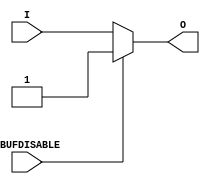
module IBUF_IBUFDISABLE (O, I, IBUFDISABLE);

    parameter IBUF_LOW_PWR = "TRUE";
    parameter IOSTANDARD = "DEFAULT";
    parameter SIM_DEVICE = "7SERIES";
    parameter USE_IBUFDISABLE = "TRUE";
`ifdef XIL_TIMING
    parameter LOC = "UNPLACED";
`endif // `ifdef XIL_TIMING
    
    output O;

    input  I;
    input  IBUFDISABLE;


   wire out_val;
    initial begin
	

        case (IBUF_LOW_PWR)

            "FALSE", "TRUE" : ;
            default : begin
                          $display("Attribute Syntax Error : The attribute IBUF_LOW_PWR on IBUF_IBUFDISABLE instance %m is set to %s.  Legal values for this attribute are TRUE or FALSE.", IBUF_LOW_PWR);
                          $finish;
                      end

        endcase
     if ((SIM_DEVICE != "7SERIES") &&
        (SIM_DEVICE != "ULTRASCALE")) begin
      $display("Attribute Syntax Error : The attribute SIM_DEVICE on IBUF_IBUFDISABLE instance %m is set to %s.  Legal values for this attribute are 7SERIES or ULTRASCALE.",SIM_DEVICE);
         $finish;
         end

    end
   generate
       case (SIM_DEVICE)
         "7SERIES" : begin
                        assign out_val = 1'b1;
                     end
         "ULTRASCALE" : begin
                        assign out_val = 1'b0;
                     end
        endcase
   endgenerate

    generate
       case (USE_IBUFDISABLE)
          "TRUE" :  begin
                        assign O = (IBUFDISABLE == 0)? I : (IBUFDISABLE == 1)? out_val  : 1'bx;
                    end
          "FALSE" : begin
                        assign O = I;
                    end
       endcase
    endgenerate

`ifdef XIL_TIMING
    specify

        (I => O) 		= (0:0:0,  0:0:0);
        (IBUFDISABLE => O)	= (0:0:0,  0:0:0);

        specparam PATHPULSE$ = 0;

    endspecify
`endif // `ifdef XIL_TIMING

endmodule